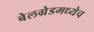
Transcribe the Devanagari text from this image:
बेलग्रेडमध्येच